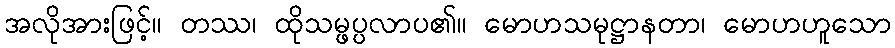
အလိုအားဖြင့်။ တဿ၊ ထိုသမ္ဖပ္ပလာပ၏။ မောဟသမုဋ္ဌာနတာ၊ မောဟဟူသော